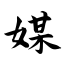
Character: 媒